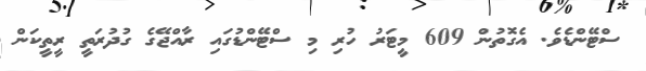
ސްޓޭންޑެވެ. އެގޮތުން 609 މީޓަރު ހުރި މި ސްޓޭންޑުގައި ރާއްޖޭގެ ގުދުރަތީ ރީތީކަން